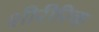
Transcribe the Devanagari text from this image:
शीरीरिक